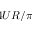
4 U R / \pi